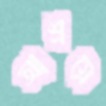
আশ্রয়ে